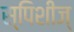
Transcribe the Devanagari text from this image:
स्पिशीज्‌